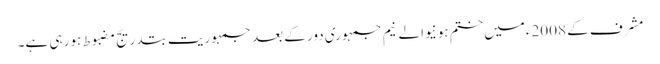
مشرف کے 2008ءمیں ختم ہونیوالے نیم جمہوری دور کے بعد جمہوریت بتدریج مضبوط ہو رہی ہے۔